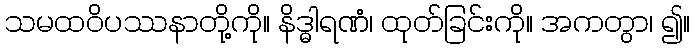
သမထဝိပဿနာတို့ကို။ နိဒ္ဓါရဏံ၊ ထုတ်ခြင်းကို။ အကတွာ၊ ၍။